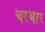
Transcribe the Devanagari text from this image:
चरभार